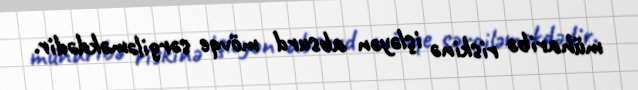
müharibə riskinə işləyən absurd mövqe sərgiləməkdədir.